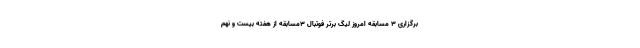
برگزاری ۳ مسابقه امروز لیگ برتر فوتبال ۳مسابقه از هفته بیست و نهم